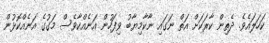
ކަހަލައެވެ. ދެތިން ކާރަކަށް އަތް ނަގައި ނާކާމިޔާބު ވިފަހުން އަނެއްކާވެސް މަގުގެ އަނެއްކޮޅުން